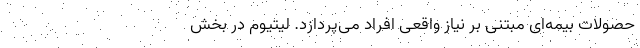
حصولات بیمه‌ای مبتنی بر نیاز واقعی افراد می‌پردازد. لیتیوم در بخش